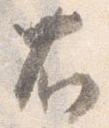
右